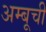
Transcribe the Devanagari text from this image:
अम्बूची